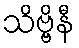
သိဗ္ဗိနီ